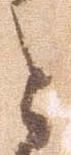
と